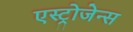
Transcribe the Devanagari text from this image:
एस्ट्रोजेन्स